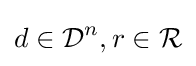
d\in {\mathcal {D}}^{n},r\in {\mathcal {R}}\,\!